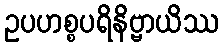
ဥပဟစ္စပရိနိဗ္ဗာယိဿ